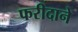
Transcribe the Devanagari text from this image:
फरीदाने